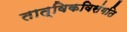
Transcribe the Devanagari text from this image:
तात्विकविसंगति